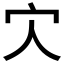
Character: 𡦼